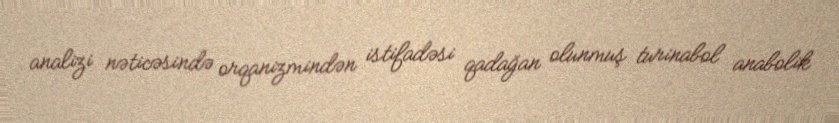
analizi nəticəsində orqanizmindən istifadəsi qadağan olunmuş turinabol anabolik